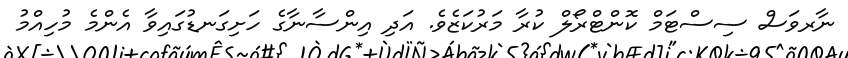
ނާރވަސް ސިސްޓަމް ކޮންޓްރޯލް ކުރާ މަރުކަޒެވެ. އަދި އިންސާނާގެ ހަށިގަނޑުގައިވާ އެންމެ މުހިއްމު